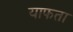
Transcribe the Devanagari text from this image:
याफता